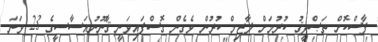
ފާސްކޮށް ތަޞްދީޤު ކުރުމަށް ލާޒިމް ކުރުން ވެގެން ގޮސްފައިވަނީ ޤާނޫނުއަސާސީގެ 23 ވަނަ